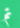
تم